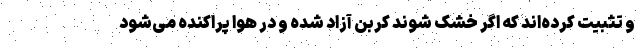
و تثبیت کرده‌اند که اگر خشک شوند کربن آزاد شده و در هوا پراکنده می‌شود